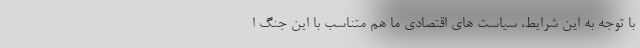
با توجه به این شرایط، سیاست های اقتصادی ما هم متناسب با این جنگ ا